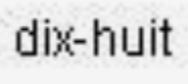
dix-huit